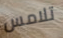
تلامس